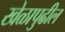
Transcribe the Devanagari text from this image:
खेळापुढील